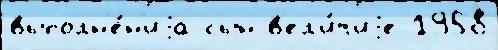
выполн'е́н'иjа сын в'ел'и́чиjе 1958